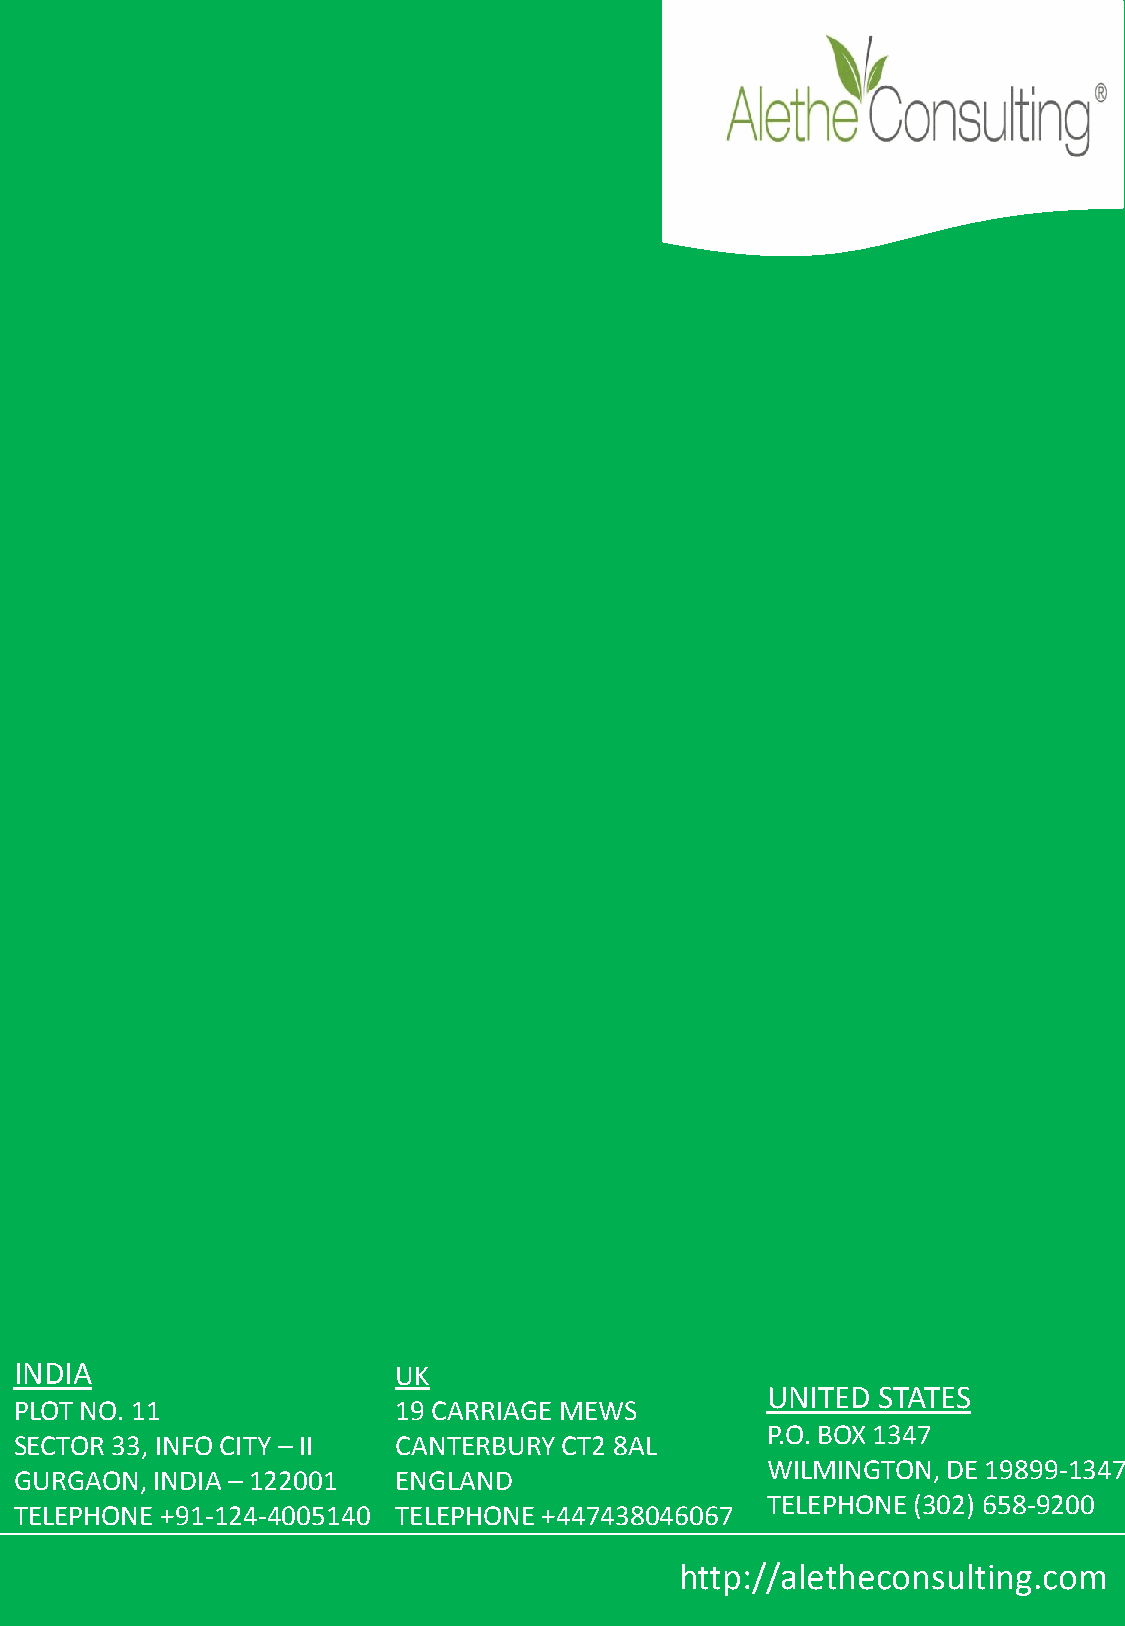
INDIA                    UK
 UNITED STATES
 PLOT NO. 11              19 CARRIAGE MEWS
 P.O. BOX 1347
 SECTOR 33, INFO CITY – II CANTERBURY CT2 8AL
 WILMINGTON, DE 19899-1347
 GURGAON, INDIA – 122001  ENGLAND
 TELEPHONE (302) 658-9200
 TELEPHONE +91-124-4005140 TELEPHONE +447438046067
 http://aletheconsulting.com